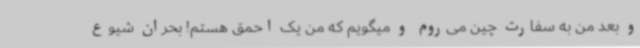
و بعد من به سفارت چین می‌روم و میگویم که من یک احمق هستم! بحران شیوع